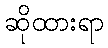
ဆိုထားရာ